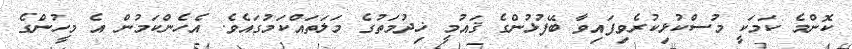
ކޮންމެ ކަމަކީ މުސްކުޅިކުރެވިފައިވާ ބޭފުޅުންގެ ޤައުމީ ޚިދުމަތުގެ މަލަތައްކަމުގައެވެ. އެހެންކަމުން އެ މީހުންގެ